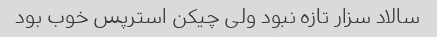
سالاد سزار تازه نبود ولی چیکن استرپس خوب بود